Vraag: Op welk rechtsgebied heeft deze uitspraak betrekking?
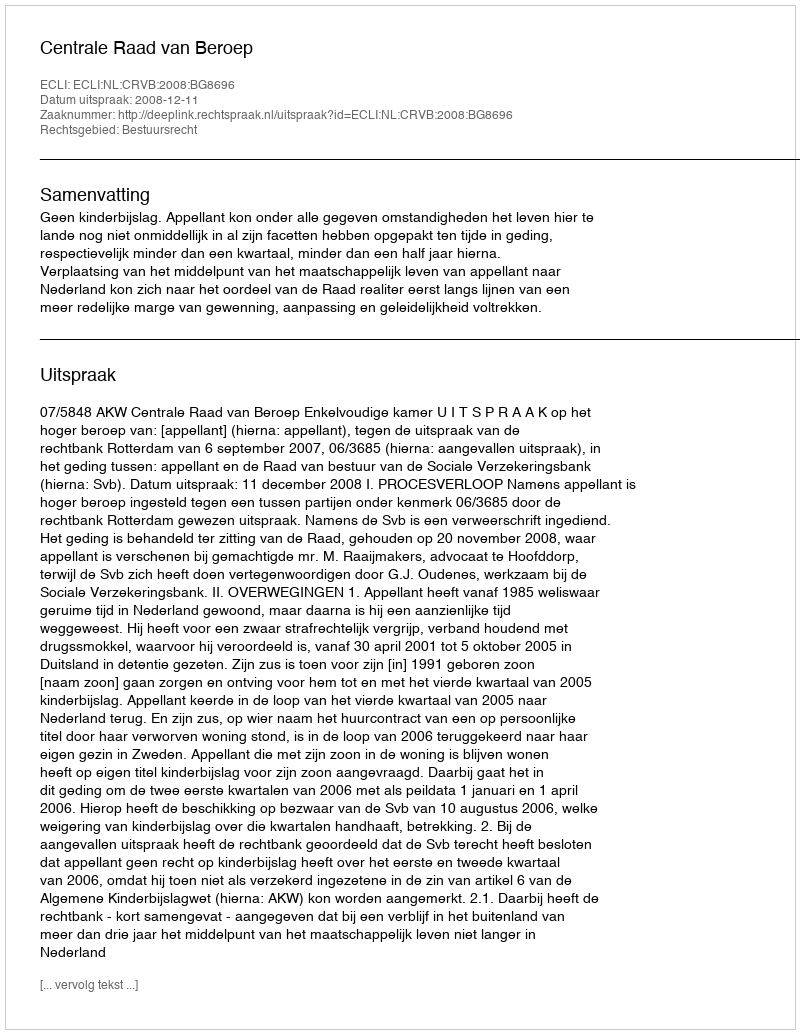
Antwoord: Bestuursrecht